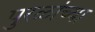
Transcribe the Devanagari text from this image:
पुरळांच्या